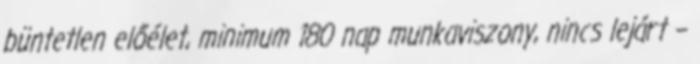
büntetlen előélet, minimum 180 nap munkaviszony, nincs lejárt –